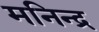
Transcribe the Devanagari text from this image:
मनिन्द्र